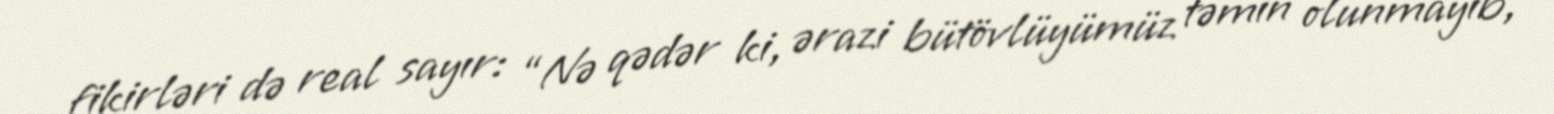
fikirləri də real sayır: “Nə qədər ki, ərazi bütövlüyümüz təmin olunmayıb,